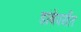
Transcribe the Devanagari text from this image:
डांबेपर्यंत